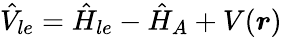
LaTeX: \hat{V}_{le}=\hat{H}_{le}-\hat{H}_{A}+V(\boldsymbol{r})